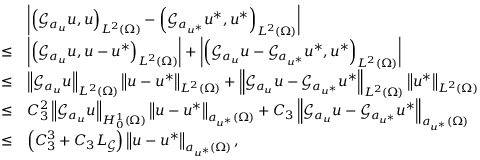
\begin{array} { r l } & { \left| \left( \mathcal { G } _ { a _ { u } } u , u \right) _ { L ^ { 2 } ( \Omega ) } - \left( \mathcal { G } _ { a _ { u ^ { * } } } u ^ { * } , u ^ { * } \right) _ { L ^ { 2 } ( \Omega ) } \right| } \\ { \leq } & { \left| \left( \mathcal { G } _ { a _ { u } } u , u - u ^ { * } \right) _ { L ^ { 2 } ( \Omega ) } \right| + \left| \left( \mathcal { G } _ { a _ { u } } u - \mathcal { G } _ { a _ { u ^ { * } } } u ^ { * } , u ^ { * } \right) _ { L ^ { 2 } ( \Omega ) } \right| } \\ { \leq } & { \left\Vert \mathcal { G } _ { a _ { u } } u \right\Vert _ { L ^ { 2 } ( \Omega ) } \left\Vert u - u ^ { * } \right\Vert _ { L ^ { 2 } ( \Omega ) } + \left\Vert \mathcal { G } _ { a _ { u } } u - \mathcal { G } _ { a _ { u ^ { * } } } u ^ { * } \right\Vert _ { L ^ { 2 } ( \Omega ) } \left\Vert u ^ { * } \right\Vert _ { L ^ { 2 } ( \Omega ) } } \\ { \leq } & { C _ { 3 } ^ { 2 } \left\Vert \mathcal { G } _ { a _ { u } } u \right\Vert _ { H _ { 0 } ^ { 1 } ( \Omega ) } \left\Vert u - u ^ { * } \right\Vert _ { a _ { u ^ { * } } ( \Omega ) } + C _ { 3 } \left\Vert \mathcal { G } _ { a _ { u } } u - \mathcal { G } _ { a _ { u ^ { * } } } u ^ { * } \right\Vert _ { a _ { u ^ { * } } ( \Omega ) } } \\ { \leq } & { \left( C _ { 3 } ^ { 3 } + C _ { 3 } L _ { \mathcal { G } } \right) \left\Vert u - u ^ { * } \right\Vert _ { a _ { u ^ { * } } ( \Omega ) } , } \end{array}